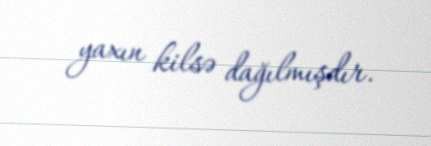
yaxın kilsə dağılmışdır.